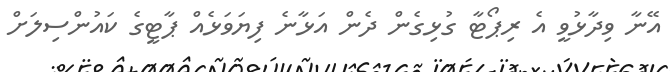
އޭނާ ވިދާޅުވީ އެ ރިޕޯޓާ ގުޅިގެން ދެން އަޅާނެ ފިޔަވަޅެއް ޕާޓީގެ ކައުންސިލަށް